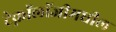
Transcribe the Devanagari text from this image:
टेक्नॉलॉजीमधील